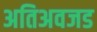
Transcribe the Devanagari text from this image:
अतिअवजड